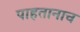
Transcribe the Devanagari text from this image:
पाहतानाच